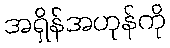
အရှိန်အဟုန်ကို